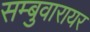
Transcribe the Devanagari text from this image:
सम्बुवारायर